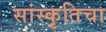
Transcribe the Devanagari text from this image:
सांस्कृतिचा